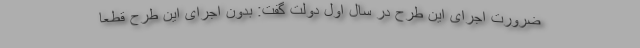
ضرورت اجرای این طرح در سال اول دولت گفت: بدون اجرای این طرح قطعا